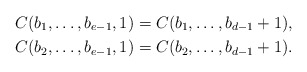
\begin{align*} C(b_1,\ldots,b_{e-1},1)&=C(b_1,\ldots,b_{d-1}+1),\\ C(b_2,\ldots,b_{e-1},1)&=C(b_2,\ldots,b_{d-1}+1). \end{align*}